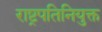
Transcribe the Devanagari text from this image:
राष्ट्रपतिनियुक्त